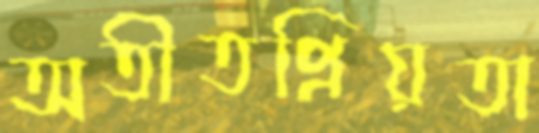
অতীতপ্রিয়তা